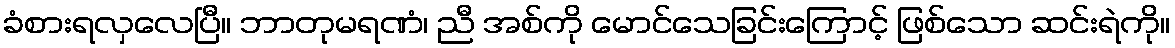
ခံစားရလှလေပြီ။ ဘာတုမရဏံ၊ ညီ အစ်ကို မောင်သေခြင်းကြောင့် ဖြစ်သော ဆင်းရဲကို။